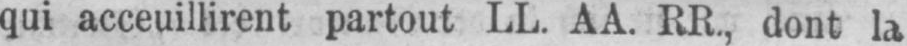
qui acceuillirent partout LL. AA. RR., dont la